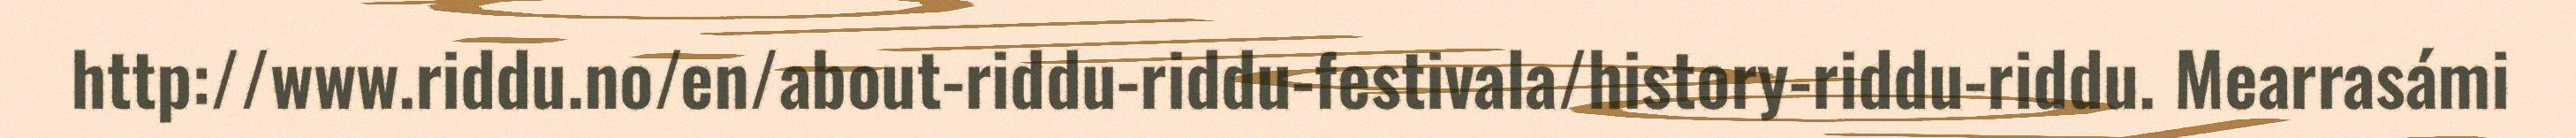
http://www.riddu.no/en/about-riddu-riddu-festivala/history-riddu-riddu. Mearrasámi